Report of the Indian Hemp Drugs Commission, 1894-1895 - Volume IV
Year: 1894
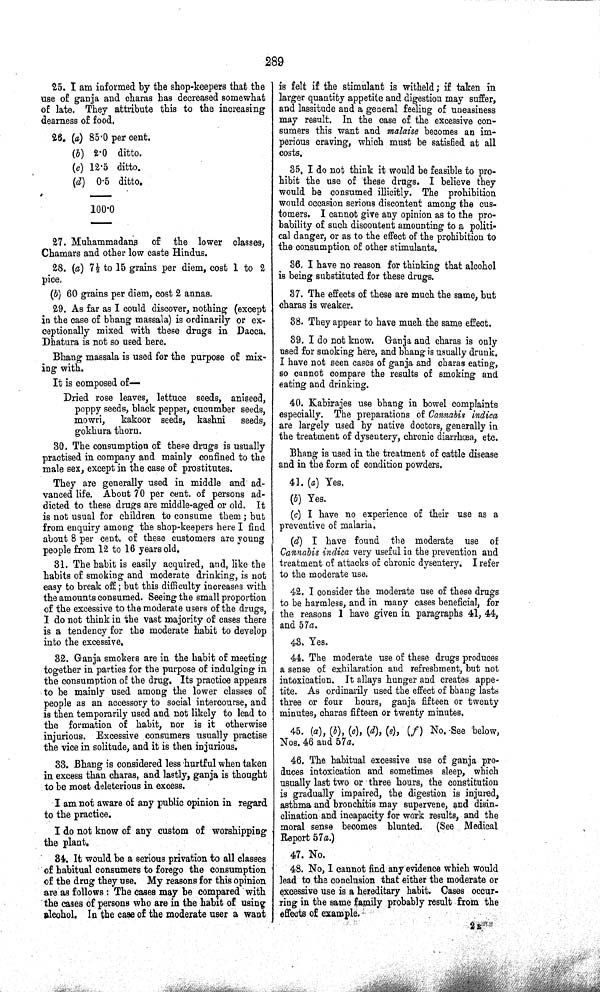
289
25. I am informed by the shop-keepers that the
use of ganja and charas has decreased somewhat
of late. They attribute this to the increasing
dearness of food.
26. (a) 85.0 per cent.
(b) 2.0 ditto.
(c) 12.5 ditto.
(d) 0.5 ditto.
100.0
27. Muhammadans
of the lower classes,
Chamars and other low caste Hindus.
28. (a) 7½ to 15 grains per diem, cost 1 to 2
pice.
(b) 60 grains per diem, cost 2 annas.
29. As far as I could discover, nothing (except
in the case of bhang massala) is ordinarily or ex-
ceptionally mixed with these drugs in Dacca.
Dhatura is not so used here.
Bhang massala is used for the purpose of mix-
ing with.
It is composed of—
Dried rose leaves, lettuce seeds, aniseed,
poppy seeds, black pepper, cucumber seeds,
mowri,
kakoor seeds, kashni
seeds,
gokhura thorn.
30. The consumption of these drugs is usually
practised in company and mainly confined to the
male sex, except in the case of prostitutes.
They are generally used in middle and ad-
vanced life. About 70 per cent. of persons ad-
dicted to these drugs are middle-aged or old. It
is not usual for children to consume them; but
from enquiry among the shop-keepers here I find
about 8 per cent. of these customers are young
people from 12 to 16 years old.
31. The habit is easily acquired, and, like the
habits of smoking and moderate drinking, is not
easy to break off; but this difficulty increases with
the amounts consumed. Seeing the small proportion
of the excessive to the moderate users of the drugs,
I do not think in the vast majority of cases there
is a tendency for the moderate habit to develop
into the excessive.
32. Ganja smokers are in the habit of meeting
together in parties for the purpose of indulging in
the consumption of the drug. Its practice appears
to be mainly used among the lower classes of
people as an accessory to social intercourse, and
is then temporarily used and not likely to lead to
the formation of habit, nor is it otherwise
injurious. Excessive consumers usually practise
the vice in solitude, and it is then injurious.
33. Bhang is considered less hurtful when taken
in excess than charas, and lastly, ganja is thought
to be most deleterious in excess.
I am not aware of any public opinion in regard
to the practice.
I do not know of any custom of worshipping
the plant.
34. It would be a serious privation to all classes
of habitual consumers to forego the consumption
of the drug they use. My reasons for this opinion
are as follows: The cases may be compared with
the cases of persons who are in the habit of using
alcohol. In the case of the moderate user a want
is felt if the stimulant is witheld; if taken in
larger quantity appetite and digestion may suffer,
and lassitude and a general feeling of uneasiness
may result. In the case of the excessive con-
sumers this want and malaise becomes an im-
perious craving, which must be satisfied at all
costs.
35. I do not think it would be feasible to pro-
hibit the use of these drugs. I believe they
would be consumed illicitly. The prohibition
would occasion serious discontent among the cus-
tomers. I cannot give any opinion as to the pro-
bability of such discontent amounting to a politi-
cal danger, or as to the effect of the prohibition to
the consumption of other stimulants.
36. I have no reason for thinking that alcohol
is being substituted for these drugs.
37. The effects of these are much the same, but
charas is weaker.
38. They appear to have much the same effect.
39. I do not know. Ganja and charas is only
used for smoking here, and bhang is usually drunk.
I have not seen cases of ganja and charas eating,
so cannot compare the results of smoking and
eating and drinking.
40. Kabirajes use bhang in bowel complaints
especially. The preparations of Cannabis indica
are largely used by native doctors, generally in
the treatment of dysentery, chronic diarrhœa, etc.
Bhang is used in the treatment of cattle disease
and in the form of condition powders.
41. (a) Yes.
(b) Yes.
(c) I have no experience of their use as a
preventive of malaria.
(d) I have found the moderate use of
Cannabis indica very useful in the prevention and
treatment of attacks of chronic dysentery. I refer
to the moderate use.
42. I consider the moderate use of these drugs
to be harmless, and in many cases beneficial, for
the reasons I have given in paragraphs 41, 44,
and 57a.
43. Yes.
44. The moderate use of these drugs produces
a sense of exhilaration and refreshment, but not
intoxication. It allays hunger and creates appe-
tite. As ordinarily used the effect of bhang lasts
three or four hours, ganja fifteen or twenty
minutes, charas fifteen or twenty minutes.
45. (a), (b), (c), (d), (e), (f) No. See below,
Nos. 46 and 57a.
46. The habitual excessive use of ganja pro-
duces intoxication and sometimes sleep, which
usually last two or three hours, the constitution
is gradually impaired, the digestion is injured,
asthma and bronchitis may supervene, and disin-
clination and incapacity for work results, and the
moral sense becomes blunted. (See Medical
Report 57a.)
47. No.
48. No, I cannot find any evidence which would
lead to the conclusion that either the moderate or
excessive use is a hereditary habit. Cases occur-
ring in the same family probably result from the
effects of example.
2 R